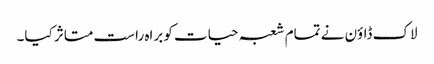
لاک ڈاؤن نے تمام شعبہ حیات کو براہ راست متاثر کیا۔